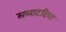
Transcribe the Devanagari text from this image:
ललाटदिशा